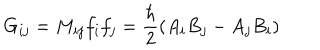
G _ { i j } = M _ { i j } f _ { i } f _ { j } = \frac { \hbar } { 2 } ( A _ { i } B _ { j } - A _ { j } B _ { i } )